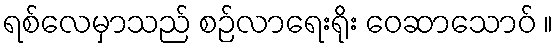
ရစ်လေမှာသည် စဉ်လာရေးရိုး ဝေဆာသောဝ် ။